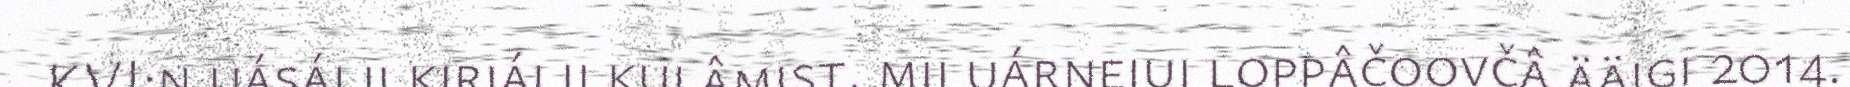
KVI:n uásálij kirjálii kulâmist, mii uárnejui loppâčoovčâ ääigi 2014.